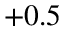
+ 0 . 5